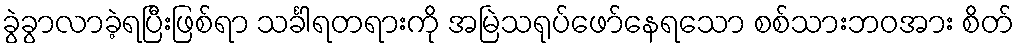
ခွဲခွာလာခဲ့ရပြီးဖြစ်ရာ သင်္ခါရတရားကို အမြဲသရုပ်ဖော်နေရသော စစ်သားဘဝအား စိတ်